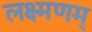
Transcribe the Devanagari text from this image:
लक्ष्मणम्